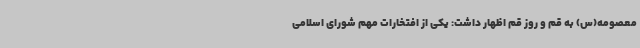
معصومه(س) به قم و روز قم اظهار داشت: یکی از افتخارات مهم شورای اسلامی